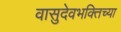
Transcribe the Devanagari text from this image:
वासुदेवभक्तिच्या